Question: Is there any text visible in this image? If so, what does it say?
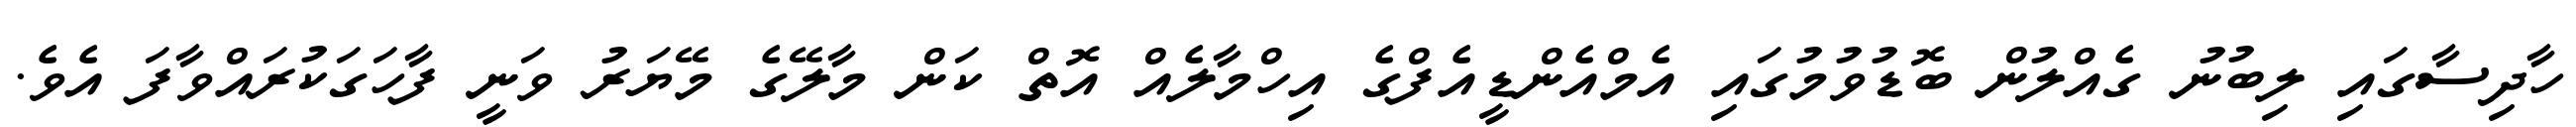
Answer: ހާދިސާގައި ލިބުނު ގެއްލުން ބޮޑުވުމުގައި އެމްއެންޑީއެފްގެ އިހްމާލެއް އޮތް ކަން މާލޭގެ މޭޔަރު ވަނީ ފާހަގަކުރައްވާފަ އެވެ.